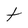
Character: t